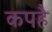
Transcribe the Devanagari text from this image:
कपहै